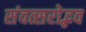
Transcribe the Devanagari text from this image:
संवत्सरोद्भव